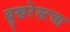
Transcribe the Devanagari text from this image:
बुखरेस्टचा